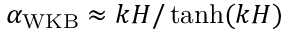
{ \alpha _ { \mathrm { W K B } } \approx k H / \operatorname { t a n h } ( k H ) }